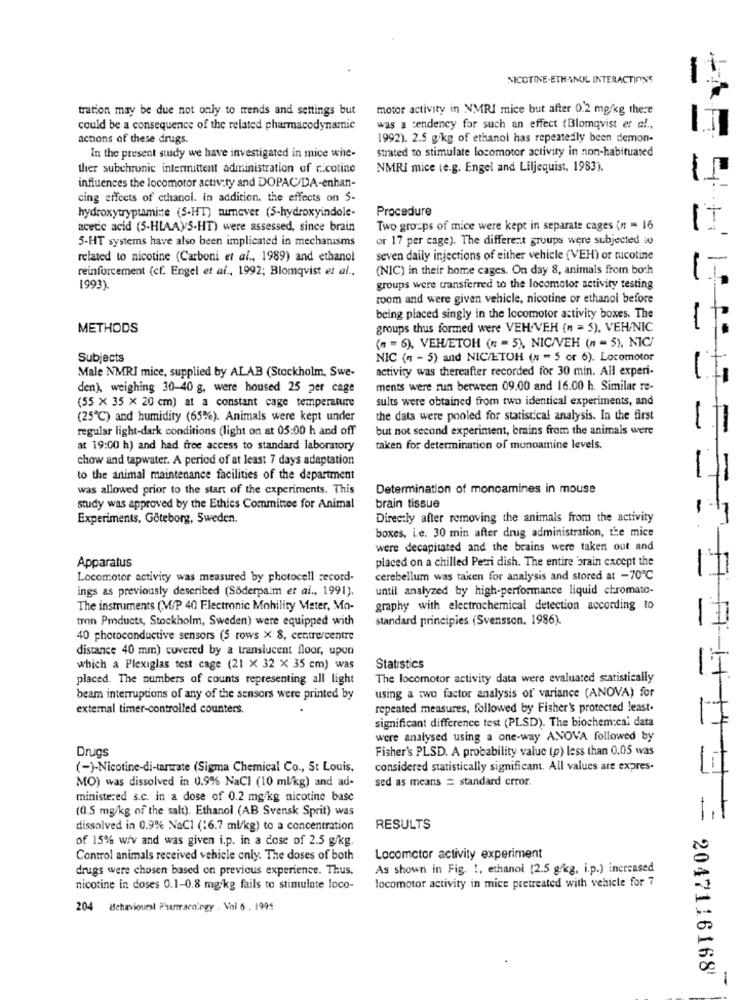
NICOTINE.ETHANOL INTERACTIONS
tration may be due not only to trends and settings but
motor activity in NMRI mice but after 0.2 mg/kg there
could be a consequence of the related pharmacodynamic
was a tendency for such an effect (Blomqvist er al .,
actions of these drugs.
1992). 2.5 g/kg of ethanol has repeatedly been demon-
Strated to stimulate locomotor activity in non-habituated
In the present study we have investigated in mice whe-
ther subchronic intermittent administration of ricotine
NMRI mice (e.g. Engel and Liljequist, 1983).
influences the locomotor activity and DOPAC/DA-enhan-
cing effects of ethanol. in addition. the effects on S-
hydroxytryptamine (5-HT) tumnever (5-hydroxyindole-
Procedure
acetic acid (5-HLAA)5-HT) were assessed, since brain
Two groups of mice were kept in separate cages (n = 16
5-HT systems have also been implicated in mechanisms
or 17 per cage). The different groups were subjected w
related to nicotine (Carboni et al ., 1989) and ethanol
seven daily injections of either vehicle (VEH) or nicotine
reinforcement (cf. Engel et al ., 1992; Blomqvist et al .,
(NIC) in their home cages. On day 8, animals from both
1993).
groups were transferred to the locomotor activity testing
room and were given vehicle, nicotine or ethanol before
being placed singly in the locomotor activity boxes. The
METHODS
groups thus formed were VEH VEH (n = 5), VEH/NIC
(n = 6), VEHETOH (n = 5), NIC/VEH (n = 5), NIC
Subjects
NIC (" - 5) and NIC/ETOH (n = 5 or 6). Locomotor
Male NMRI mice, supplied by ALAB (Stockholm, Swe-
activity was thereafter recorded for 30 min. All experi-
den), weighing 30-40 g. were housed 25 per cage
ments were run between 09.00 and 16.00 h. Similar re-
sults were obtained from two identical experiments, and
(55 × 35 x 20 cm) at a constant cage temperature
(25℃) and humidity (65%). Animals were kept under
the data were pooled for statistical analysis. In the first
regular light-dark conditions (light on at 05:00 h and off
but not second experiment, brains from the animals were
at 19:00 h) and had free access to standard laboratory
taken for determination of monoamine levels.
chow and tapwater. A period of at least 7 days adaptation
to the animal maintenance facilities of the department
was allowed prior to the start of the experiments. This
Determination of monoamines in mouse
study was approved by the Ethics Committee for Animal
brain tissue
Experiments, Göteborg, Sweden.
Directly after removing the animals from the activity
boxes, i.e. 30 min after drug administration, the mice
were decapitated and the brains were taken out and
placed on a chilled Petri dish. The entire brain except the
Apparatus
Locomotor activity was measured by photocell record-
cerebellum was taken for analysis and stored at -70℃
ings as previously described (Söderpalm et al ., 1991).
until analyzed by high-performance liquid chromato-
The instruments (M/P 40 Electronic Mobility Meter, Mo-
graphy with electrochemical detection according to
tron Products, Stockholm, Sweden) were equipped with
standard principies (Svensson. 1986).
40 photoconductive sensors (5 rows × 8, centre/centre
distance 40 mm) covered by a translucent floor, upun
which a Plexiglas test cage (21 X 32 X 35 cm) was
Statistics
placed. The numbers of counts representing all light
The locomotor activity data were evaluated statistically
beam interruptions of any of the sensors were printed by
using a two factor analysis of variance (ANOVA) for
external timer-controlled counters.
repeated measures, followed by Fisher's protected least.
significant difference test (PLSD). The biochem:cai data
were analysed using a one-way ANOVA followed by
Drugs
Fisher's PLSD. A probability value (p) less than 0.05 was
(-)-Nicotine-di-tartrate (Sigma Chemical Co ., St Louis,
considered statistically significant. All values are expres.
sed as means = standard error.
MO) was dissolved in 0.9% NaCl (10 ml/kg) and ad-
ministered s.c. in a dose of 0.2 mg/kg nicotine base
(0.5 mg/kg of the salt). Ethanol (AB Svensk Sprit) was
-
dissolved in 0.9% NaCl (16.7 ml/kg) to a concentration
RESULTS
of 15% w/v and was given i.p. in a dose of 2.5 g/kg.
Control animals received vehicle only. The doses of both
Locomotor activity experiment
drugs were chosen based on previous experience. Thus.
As shown in Fig. !, ethanol (2.5 g/kg, i.p.) increased
locomotor activity in mice pretreated with vehicle for 7
nicotine in doses 0.1-0.8 mg/kg fails to stimulate loco-
204 Behaviourel Phanracningy . Vnl 6 . 1995
2047116168
-